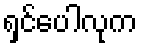
ရှင်ပေါလုက